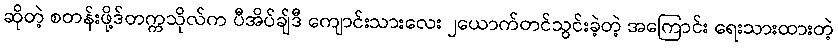
ဆိုတဲ့ စတန်းဖို့ဒ်တက္ကသိုလ်က ပီအိပ်ချ်ဒီ ကျောင်းသားလေး ၂ယောက်တင်သွင်းခဲ့တဲ့ အကြောင်း ရေးသားထားတဲ့